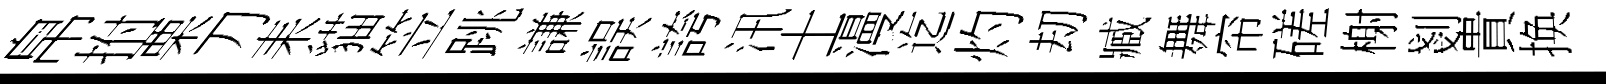
帛拊栗刀耒貓笠跳謙誤誇汛士漫迄灼刧臧舞帘磋榭剗貴换